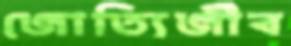
জোত্যির্জীব